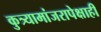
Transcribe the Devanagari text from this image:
कुत्र्यामांजरापेक्षाही